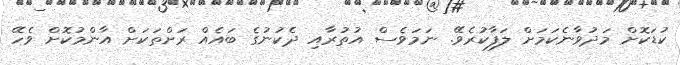
ކުޑަކޮށް މަދުވާނެކަމަށް ލަފާކުރެވޭ. ނަމަވެސް އުތުރާއި ދެކުނުގެ ބައެއް ރަށްތަކަށް އާންމުކޮށް ވެހޭ